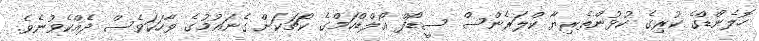
ހޮލެންޑްގެ ކުރިގެ ކުޅުންތެރިޔާ ކްލަރެންސް ސީޑޯފް އޯލްޑްހަމްގެ ކޯޗަކަށް ގެނައުމުގެ ވާހަކަވެސް ދެއްކެވުނެވެ.